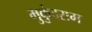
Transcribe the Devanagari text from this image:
मुकुंदराम